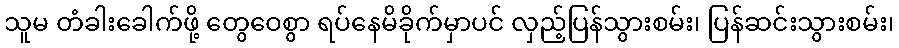
သူမ တံခါးခေါက်ဖို့ တွေဝေစွာ ရပ်နေမိခိုက်မှာပင် လှည့်ပြန်သွားစမ်း၊ ပြန်ဆင်းသွားစမ်း၊